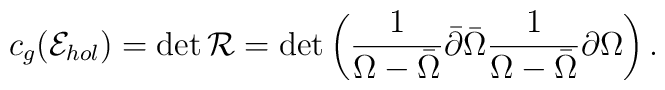
c_g({\cal E}_{hol})=\det {\cal R}=\det\left({1\over \Omega-\bar \Omega}\bar \partial\bar \Omega{1\over \Omega-\bar \Omega}\partial\Omega\right).